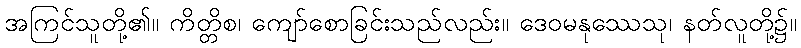
အကြင်သူတို့၏။ ကိတ္တိစ၊ ကျော်စောခြင်းသည်လည်း။ ဒေဝမနုဿေသု၊ နတ်လူတို့၌။